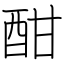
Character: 酣